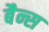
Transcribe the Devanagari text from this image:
बैन्स